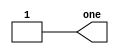
module top_module (
    output wire one
);
    // Assign logic high (1) to the output
    assign one = 1'b1;  // Using 1'b1 to explicitly denote 1 in binary format

endmodule